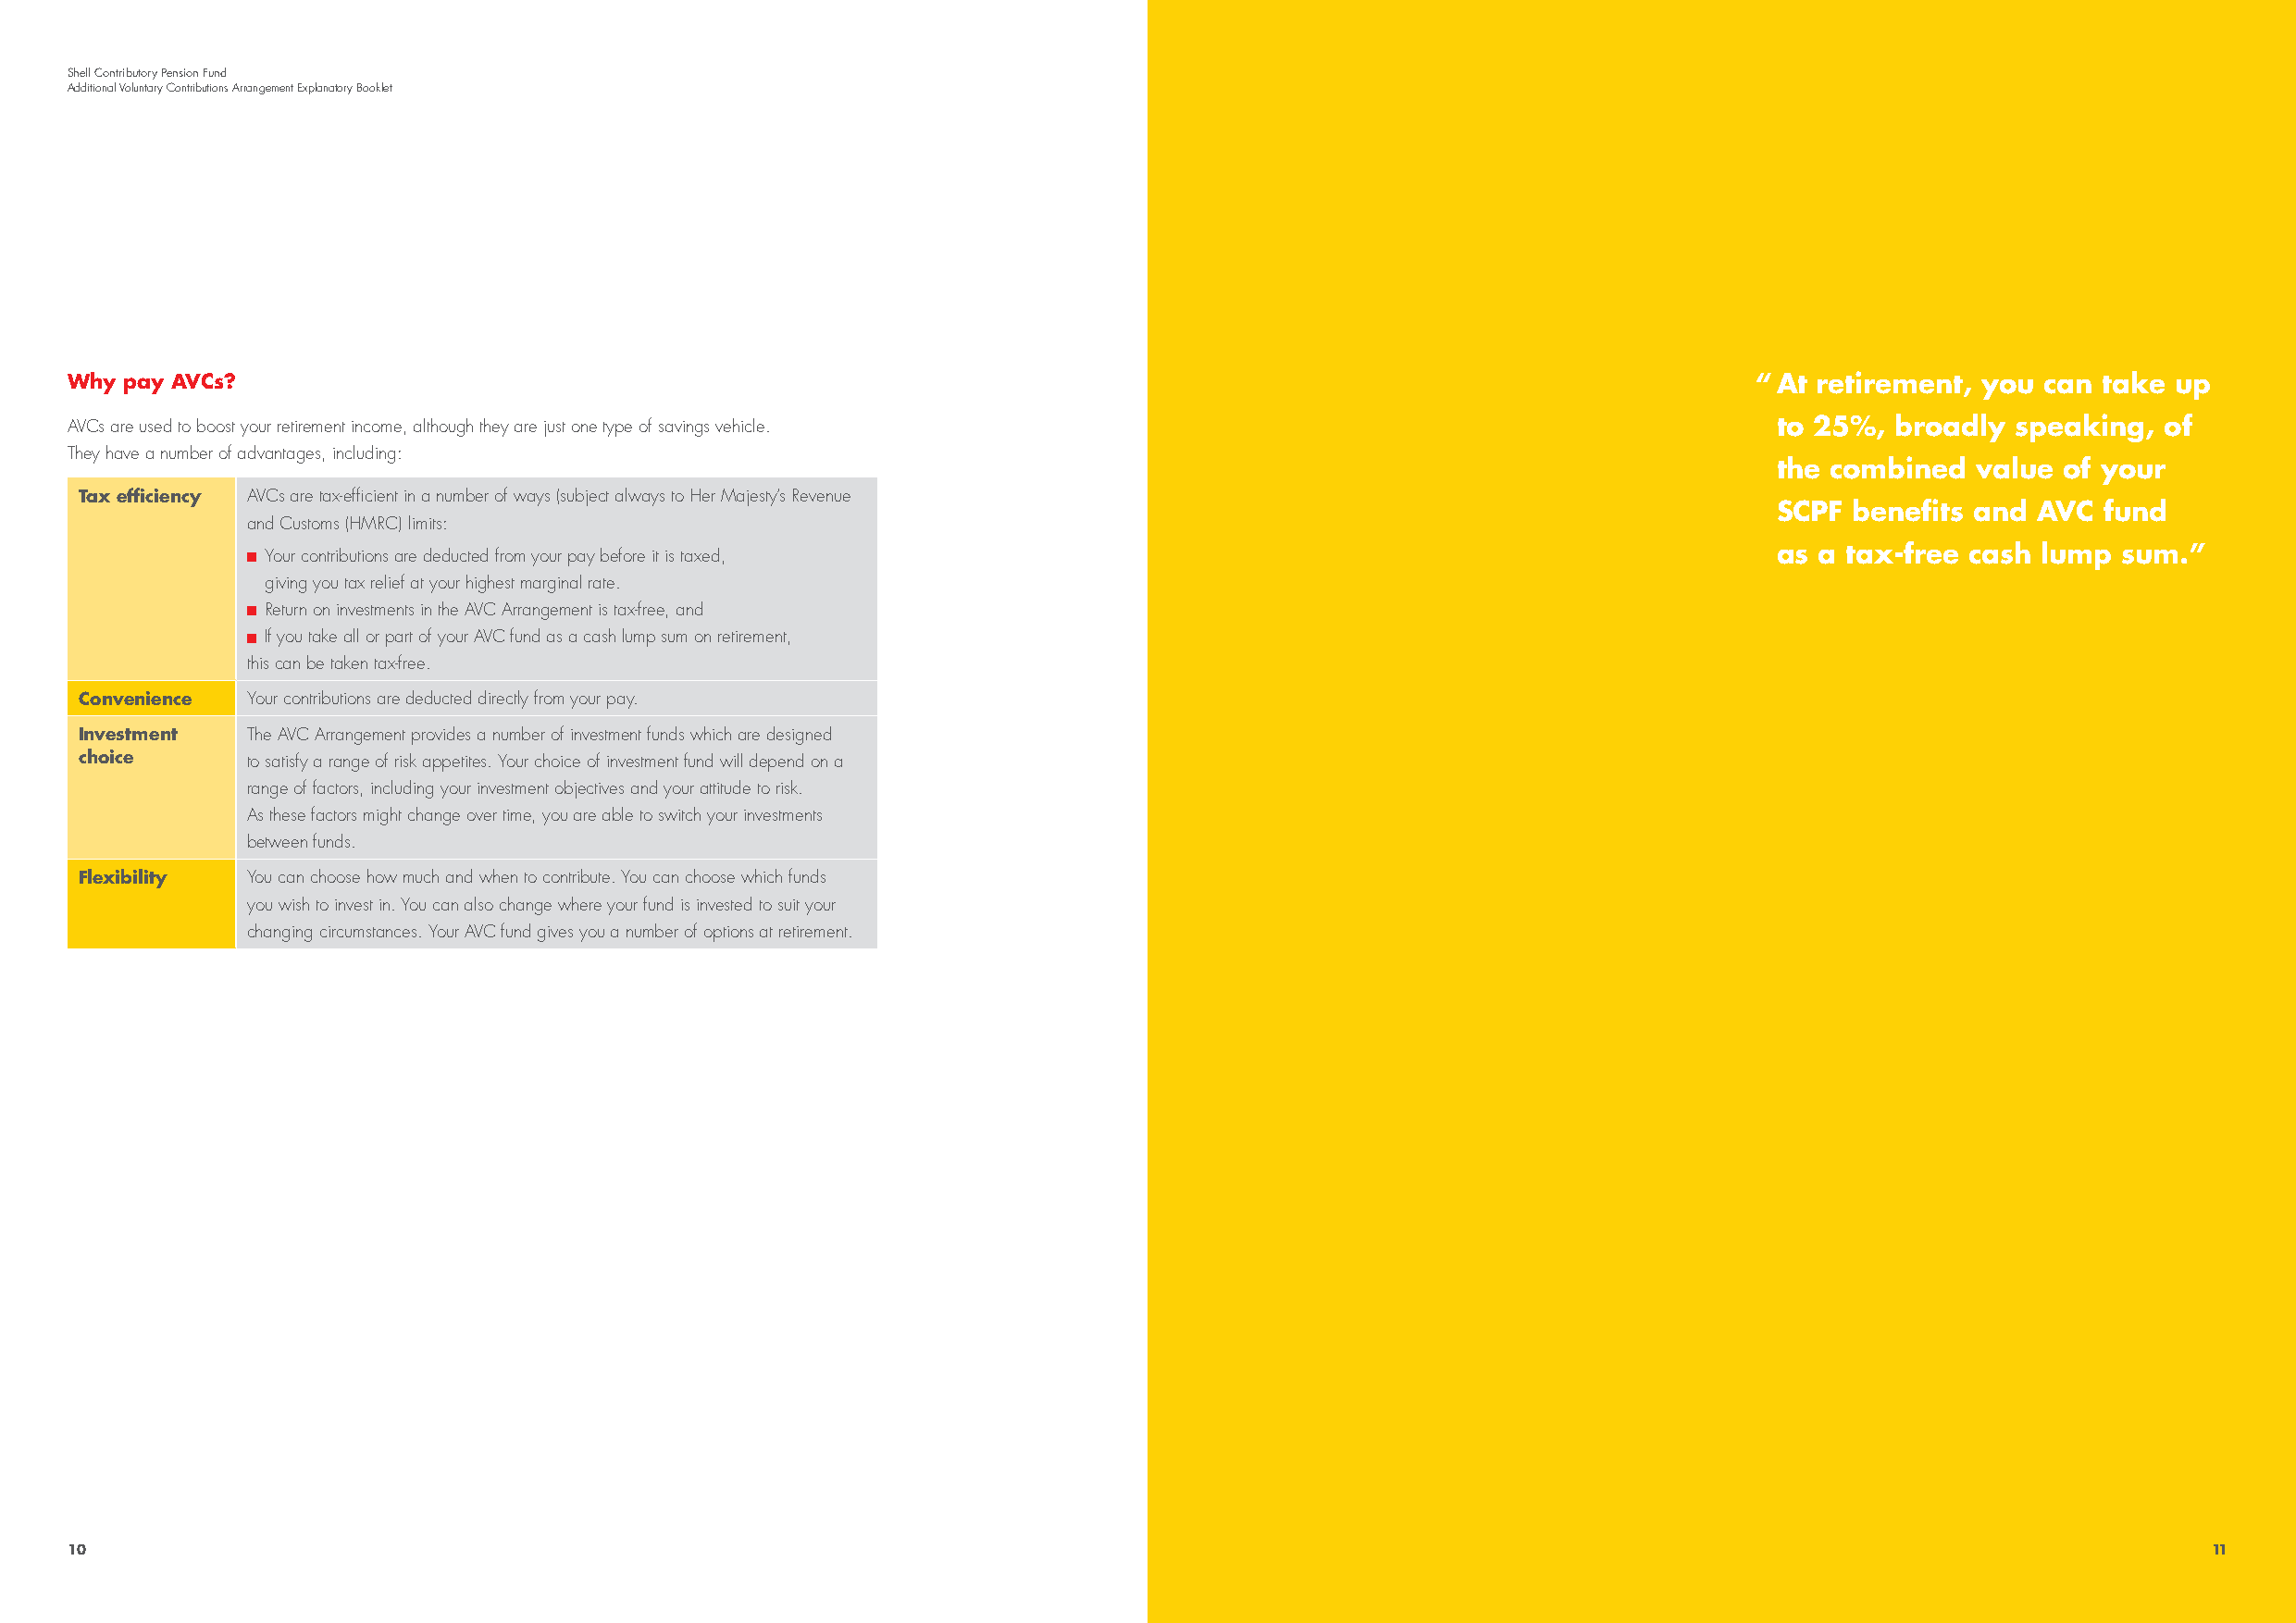
Shell Contributory Pension Fund
 Additional Voluntary Contributions Arrangement Explanatory Booklet
 2
 INTRODUCTION
 Why pay AVCs?                                                                                                            “ At retirement, you can take up
 AVCs are used to boost your retirement income, although they are just one type of savings vehicle.                        to 25%,  broadly speaking,  of
 They have a number of advantages, including:
 the combined  value  of your
 Tax efficiency AVCs are tax-efficient in a number of ways (subject always to Her Majesty’s Revenue
 SCPF  benefits and AVC fund
 and Customs (HMRC) limits:
 as a tax-free cash lump  sum.”
 Your contributions are deducted from your pay before it is taxed,
 giving you tax relief at your highest marginal rate.
 Return on investments in the AVC Arrangement is tax-free, and
 If you take all or part of your AVC fund as a cash lump sum on retirement,
 this can be taken tax-free.
 Convenience Your contributions are deducted directly from your pay.
 Investment  The AVC Arrangement provides a number of investment funds which are designed
 choice      to satisfy a range of risk appetites. Your choice of investment fund will depend on a
 range of factors, including your investment objectives and your attitude to risk.
 As these factors might change over time, you are able to switch your investments
 between funds.
 Flexibility You can choose how much and when to contribute. You can choose which funds
 you wish to invest in. You can also change where your fund is invested to suit your
 changing circumstances. Your AVC fund gives you a number of options at retirement.
 10                                                                                                                                             11        11